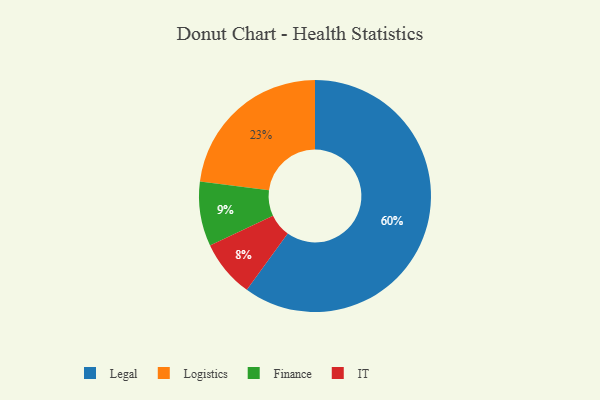
{"axis": {"x": "Category", "y": "Percentage"}, "legend": ["Finance", "IT", "Legal", "Logistics"], "data": [{"x": "Legal", "y": 60, "type": "Legal"}, {"x": "Finance", "y": 9, "type": "Finance"}, {"x": "Logistics", "y": 23, "type": "Logistics"}, {"x": "IT", "y": 8, "type": "IT"}]}